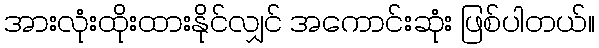
အားလုံးထိုးထားနိုင်လျှင် အကောင်းဆုံး ဖြစ်ပါတယ်။